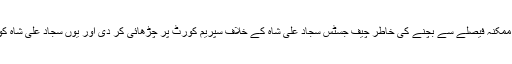
میاں محمد نواز شریف نے ایک ممکنہ فیصلے سے بچنے کی خاطر چیف جسٹس سجاد علی شاہ کے خلاف سپریم کورٹ پر چڑھائی کر دی اور یوں سجاد علی شاہ کو بھاگ کر اپنی جان بچانی پڑی۔